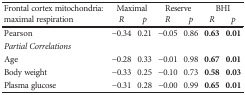
| <ROWSPAN=2> Frontal cortex mitochondria: maximal respiration | <COLSPAN=2> Maximal | <COLSPAN=2> Reserve | <COLSPAN=2> BHI |
 | R | p | R | p | R | p |
 | --- | --- | --- | --- | --- | --- | --- |
 | Pearson | −0.34 | 0.21 | −0.05 | 0.86 | 0.63 | 0.01 |
 | Partial Correlations |  |  |  |  |  |  |
 | Age | −0.28 | 0.33 | −0.01 | 0.98 | 0.67 | 0.01 |
 | Body weight | −0.33 | 0.25 | −0.10 | 0.73 | 0.58 | 0.03 |
 | Plasma glucose | −0.31 | 0.28 | −0.00 | 0.99 | 0.65 | 0.01 |